Annual report of the Madras Medical College
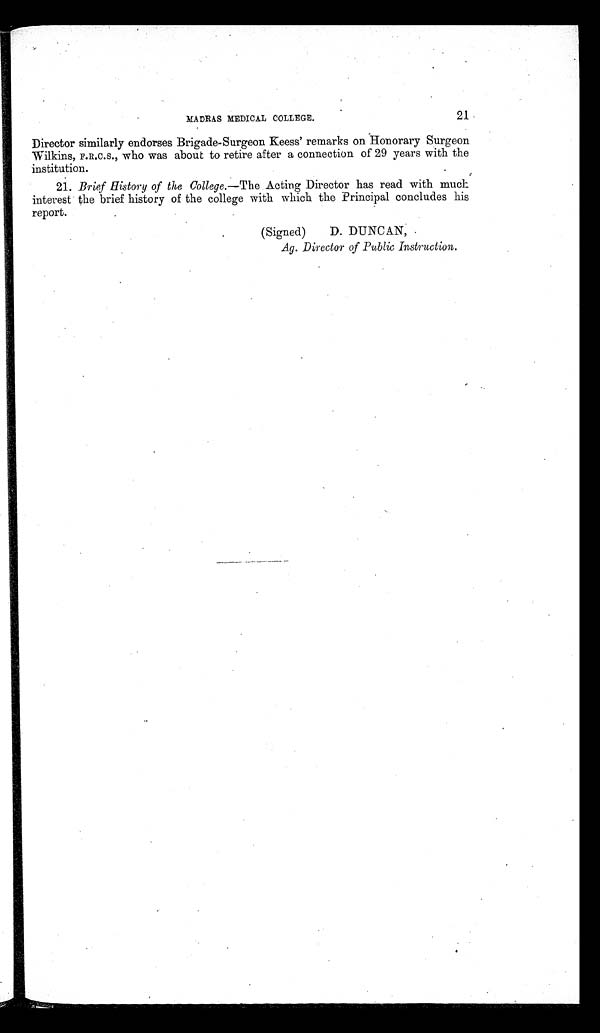
21
MADRAS MEDICAL COLLEGE.
Director similarly endorses Brigade-Surgeon Keess' remarks on Honorary Surgeon
Wilkins, F.R.C.S., who was about to retire after a connection of 29 years with the
institution.
21. Brief History of the College .—The Acting Director has read with much
interest the brief history of the college with which the Principal concludes his
report.
(Signed) D. DUNCAN,
Ag. Director of Public Instruction.